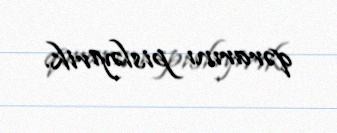
qərarını pisləyirik.